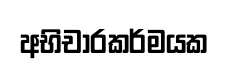
අභිචාරකර්මයක